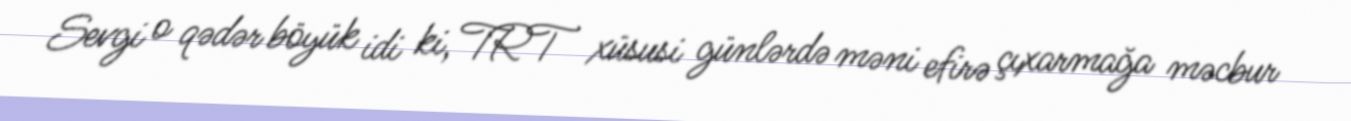
Sevgi o qədər böyük idi ki, TRT xüsusi günlərdə məni efirə çıxarmağa məcbur